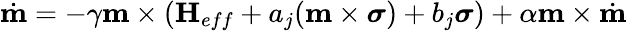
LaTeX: \dot{\textbf{m}}=-\gamma\textbf{m}\times(\textbf{H}_{eff}+a_{j}(\textbf{m}\times\boldsymbol{\sigma})+b_{j}\boldsymbol{\sigma})+\alpha\textbf{m}\times\dot{\textbf{m}}